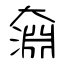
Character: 奫